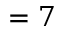
= 7